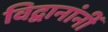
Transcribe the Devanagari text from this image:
विद्वानांनीं